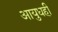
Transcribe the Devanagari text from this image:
आयुधही